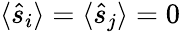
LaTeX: \langle\hat{s}_{i}\rangle=\langle\hat{s}_{j}\rangle=0